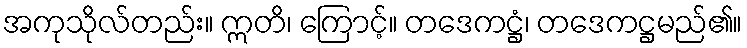
အကုသိုလ်တည်း။ ဣတိ၊ ကြောင့်။ တဒေကဋ္ဌံ၊ တဒေကဋ္ဌမည်၏။